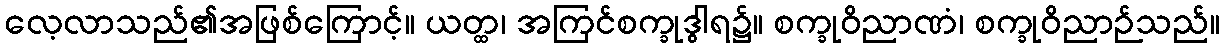
လေ့လာသည်၏အဖြစ်ကြောင့်။ ယတ္ထ၊ အကြင်စက္ခုဒွါရ၌။ စက္ခုဝိညာဏံ၊ စက္ခုဝိညာဉ်သည်။